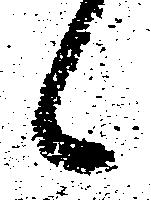
々